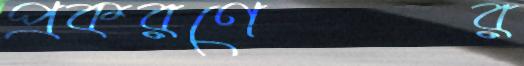
প্রকরণের